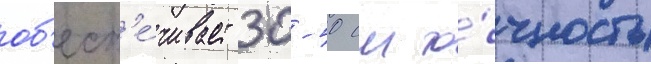
об'есп'е́чивает 30-50 см то́чность